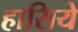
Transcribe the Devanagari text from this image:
हासिये